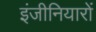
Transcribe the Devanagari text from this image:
इंजीनियारों